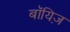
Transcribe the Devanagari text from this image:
बॉयिज़